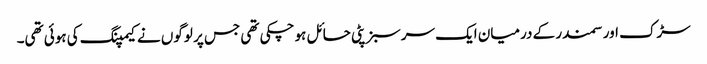
سڑک اور سمندر کے درمیان ایک سرسبز پٹی حائل ہو چکی تھی جس پر لوگوں نے کیمپنگ کی ہوئی تھی۔